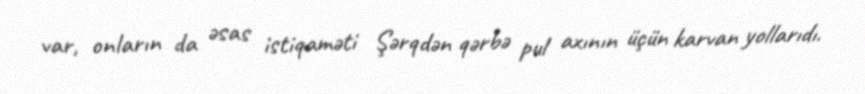
var, onların da əsas istiqaməti Şərqdən qərbə pul axının üçün karvan yollarıdı.